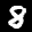
Label: 8